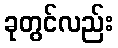
ခုတွင်လည်း